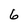
Character: 6